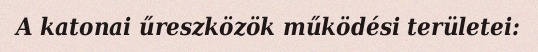
A katonai űreszközök működési területei: